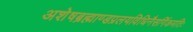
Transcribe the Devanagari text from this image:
अशेषब्रह्माण्डप्रलयविधिनैसर्गिकमतिः